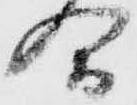
合